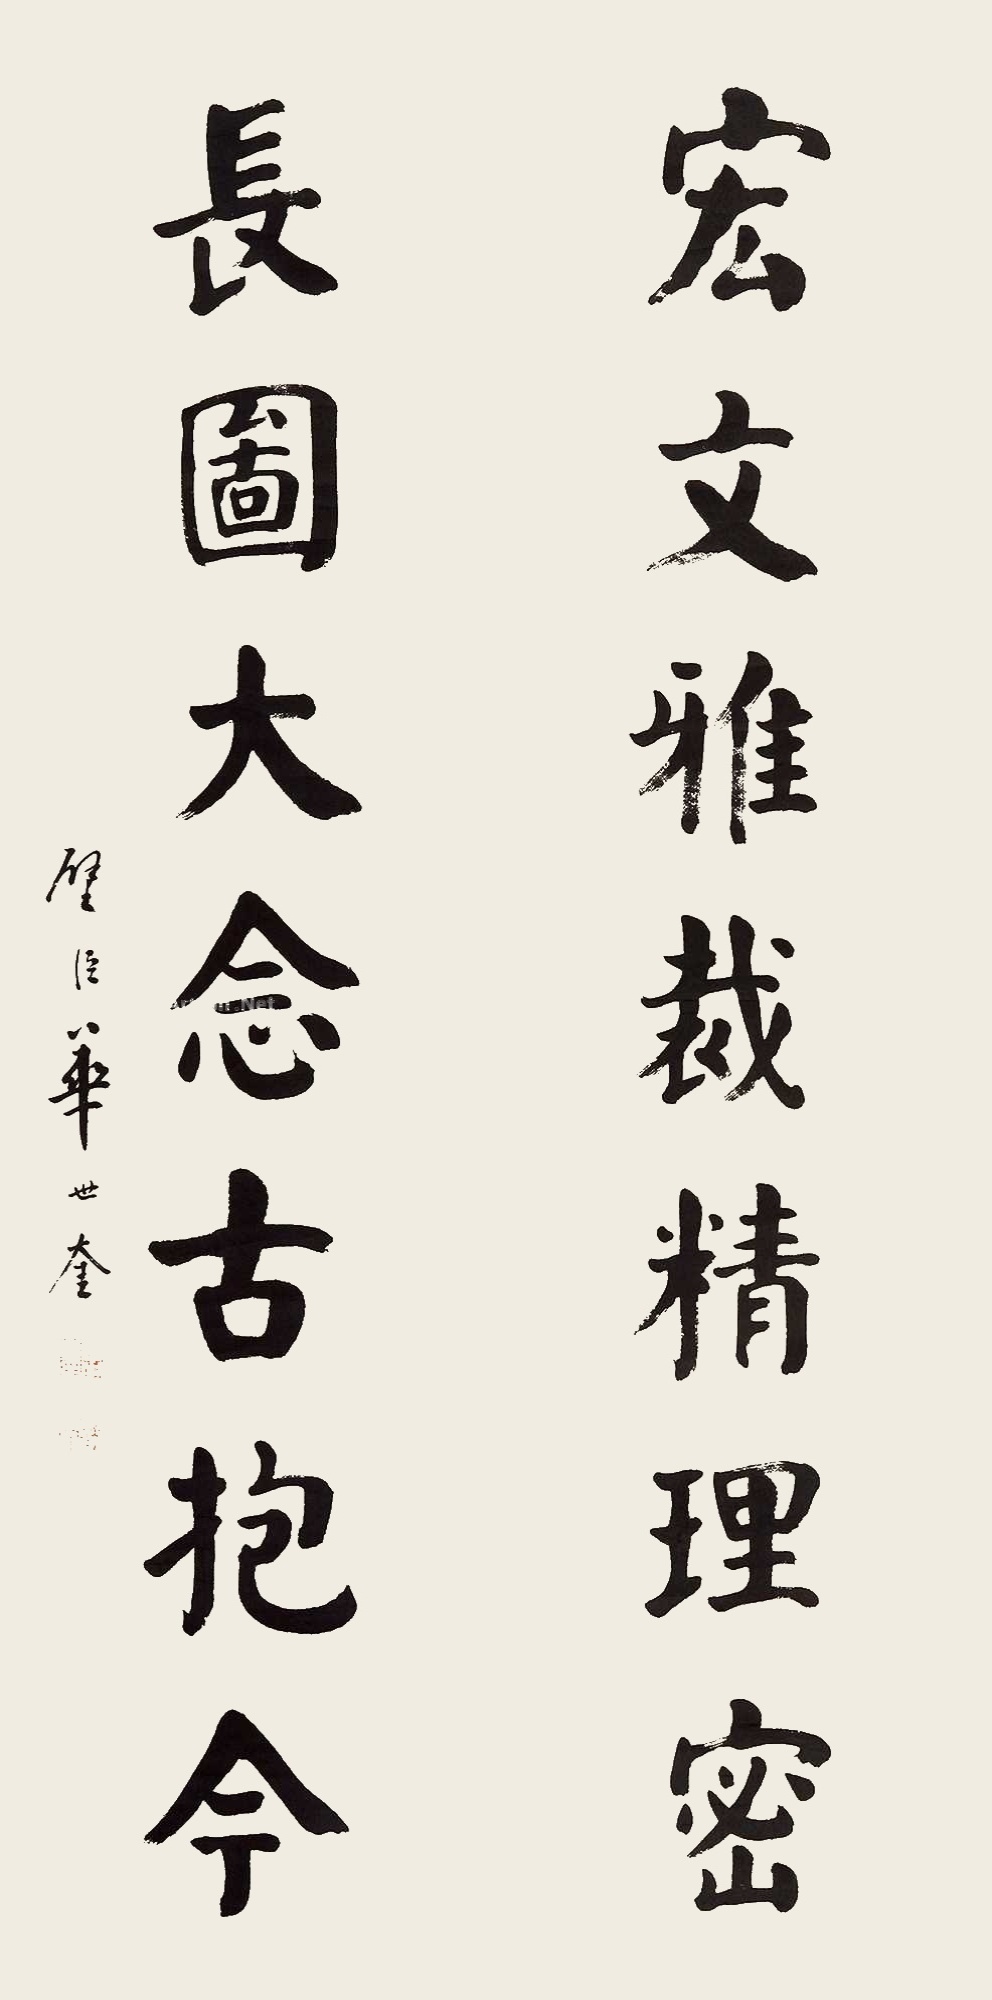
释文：宏文雅裁精理密，长图大念古抱今。璧臣华世奎。